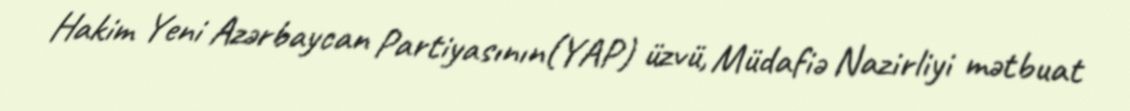
Hakim Yeni Azərbaycan Partiyasının(YAP) üzvü, Müdafiə Nazirliyi mətbuat